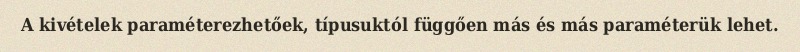
A kivételek paraméterezhetőek, típusuktól függően más és más paraméterük lehet.